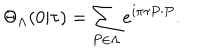
LaTeX: \Theta _ { \Lambda } ( 0 | \tau ) = \sum _ { P \in \Lambda } e ^ { i \pi \tau P \cdot P } .